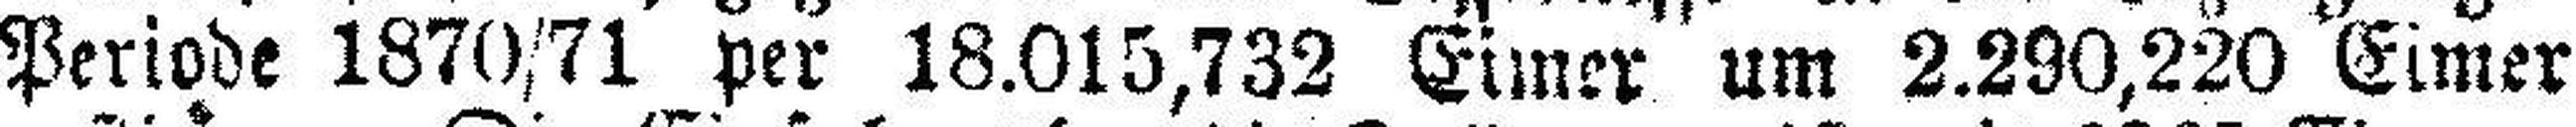
Periode 1870/71 per 18.015,732 Eimer um 2.290,220 Eimer